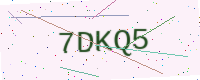
Text: 7DKQ5